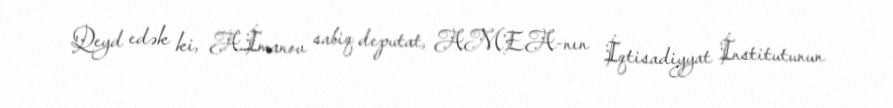
Qeyd edək ki, A.İmanov sabiq deputat, AMEA-nın İqtisadiyyat İnstitutunun